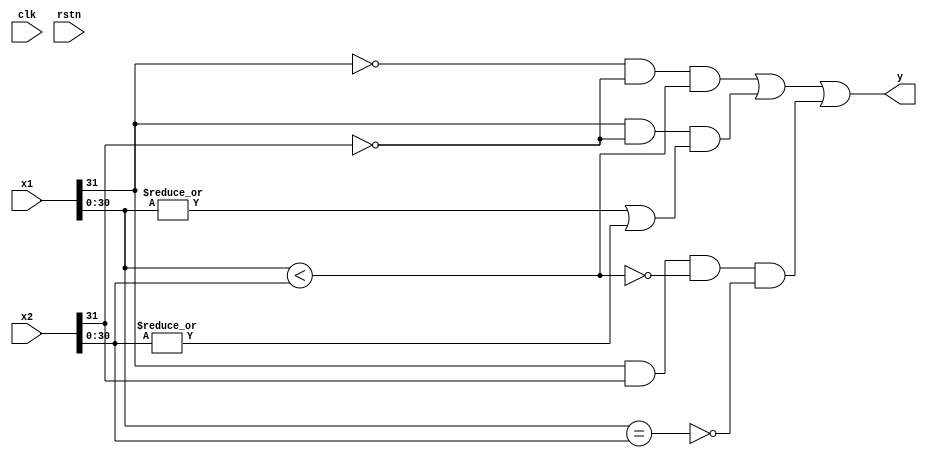
`default_nettype none
module fless (
    input wire [31:0] x1,
    input wire [31:0] x2,
    output wire y,
    input wire clk,
    input wire rstn);

wire s1 = x1[31];
wire [30:0] abs1 = x1[30:0];
wire s2 = x2[31];
wire [30:0] abs2 = x2[30:0];

wire abslt, abseq;

assign abslt = (abs1 < abs2);
assign abseq = (abs1 == abs2);
assign y = (~s1 & ~s2 & abslt) | (s1 & ~s2 & ((|x1[30:0]) | (|x2[30:0]))) | (s1 & s2 & ~abslt & ~abseq);

endmodule
`default_nettype wire